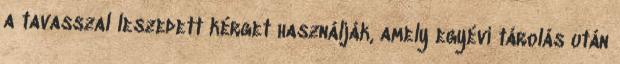
a tavasszal leszedett kérget használják, amely egyévi tárolás után